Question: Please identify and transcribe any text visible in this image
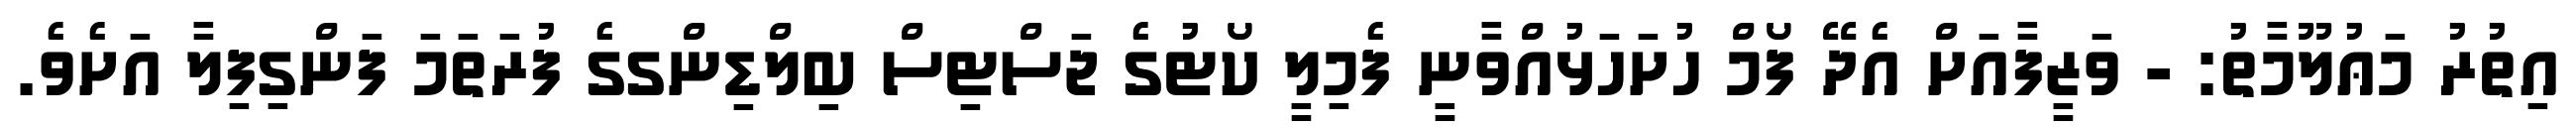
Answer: އިތުރު މަޢުލޫމާތު: - ވަޒީފާއަށް އެދޭ ފޯމް ހުށަހަޅުއްވާނީ ފެމިލީ ކޯޓުގެ ޖަސްޓިސް ބިލްޑިންގގެ ފުރަތަމަ ފަންގިފިލާ އަށެވެ.